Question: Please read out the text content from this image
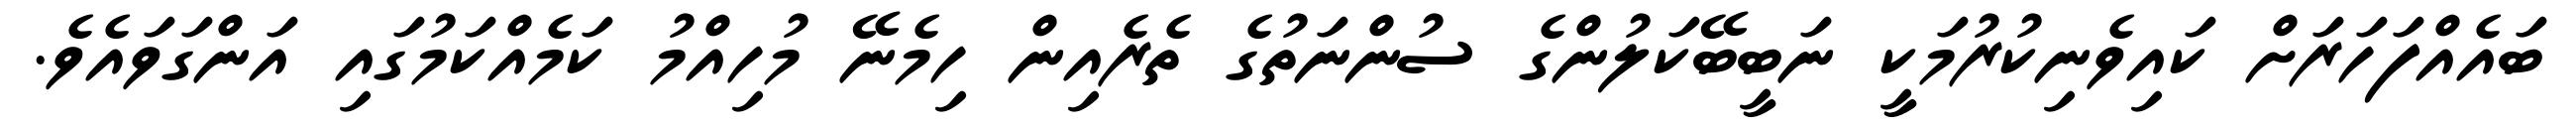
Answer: ބައެއްފަހަރަށް ކައިވެނިކުރުމަކީ ނަބީބޭކަލުންގެ ސުންނަތުގެ ތެރެއިން ހިމެނޭ މުހިއްމު ކަމެއްކަމުގައި އަންގަވައެވެ.